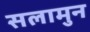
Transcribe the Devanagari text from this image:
सलामुन